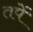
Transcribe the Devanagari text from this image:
तपें